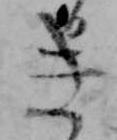
き